Annual report on the Civil Veterinary Department, Burma (including the Insein Veterinary School) - 1923-1931
Year: 1923
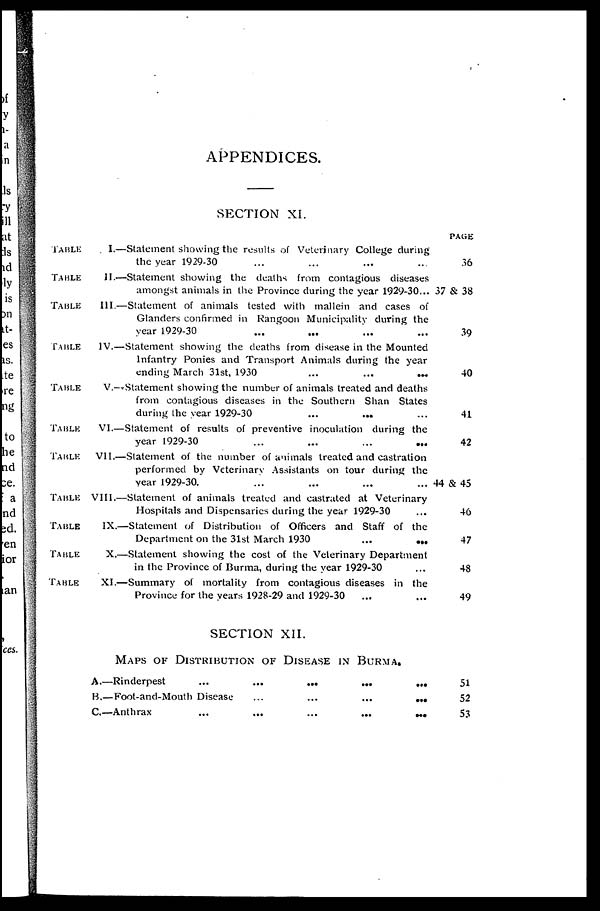
APPENDICES.
SECTION XI.
TABLE
TABLE
TABLE
TABLE
TABLE
TABLE
TABLE
TABLE
TABLE
TABLE
TABLE
I.—Statement showing the results of Veterinary College during
the year 1929-30 ... ... ... ...
II.—Statement showing the deaths from contagious diseases
amongst animals in the Province during the year 1929-30...
III.—Statement of animals tested with mallein and cases of
Glanders confirmed in Rangoon Municipality during the
year 1929-30 ... ... ... ...
IV.—Statement showing the deaths from disease in the Mounted
Infantry Ponies and Transport Animals during the year
ending March 31st, 1930
...
...
...
V.--Statement showing the number of animals treated and deaths
from contagious diseases in the Southern Shan States
during the year 1929-30 ... ... ...
VI.—Statement of results of preventive inoculation during the
year 1929-30 ... ... ... ...
VII.—Statement of the number of animals treated and castration
performed by Veterinary Assistants on tour during the
year 1929-30. ... ... ... ...
VIII.—Statement of animals treated and castrated at Veterinary
Hospitals and Dispensaries during the year 1929-30 ...
IX.—Statement of Distribution of Officers and Staff of the
Department on the 31st March 1930
...
...
X.—Statement showing the cost of the Veterinary Department
in the Province of Burma, during the year 1929-30 ...
XI.—Summary of mortality from contagious diseases in the
Province for the years 1928-29 and 1929-30 ... ...
SECTION XII.
MAPS OF DISTRIBUTION OF DISEASE IN BURMA.
A.—Rinderpest
...
...
...
...
...
B.—Foot-and-Mouth Disease
...
...
...
...
C.—Anthrax
...
...
...
...
...
PAGE
36
37 & 38
39
40
41
42
44 & 45
46
47
48
49
51
52
53